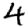
Digit: 4